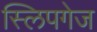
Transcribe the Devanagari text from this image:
स्लिपगेज